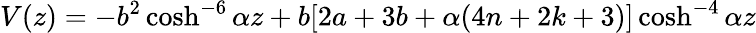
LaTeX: V(z)=-b^{2}\cosh^{-6}{\alpha z}+b[2a+3b+\alpha(4n+2k+3)]\cosh^{-4}{\alpha z}